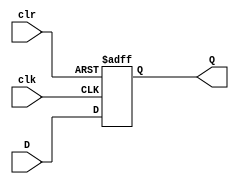
module async_clear_d_flipflop(
    input D,
    input clk,
    input clr,
    output reg Q
);

always @(posedge clk or negedge clr) begin
    if (clr == 0) begin
        Q <= 0;
    end else begin
        Q <= D;
    end
end

endmodule